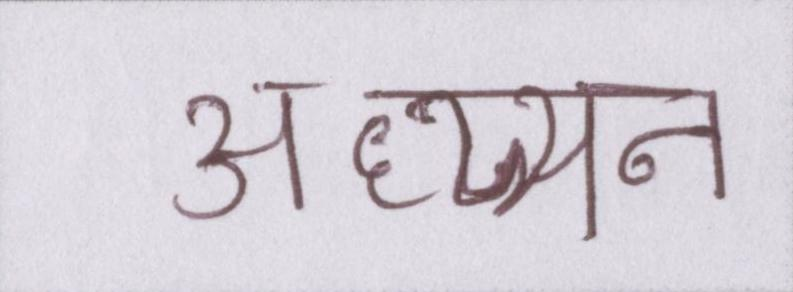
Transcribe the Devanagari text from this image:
अध्य्यन